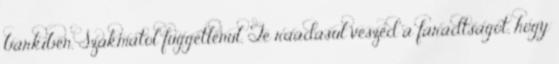
barkiben. Szakmatol fuggetlenul. Te raadasul veszed a faradtsagot, hogy